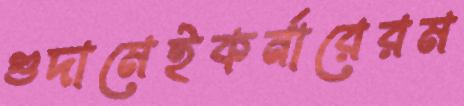
গুদামেইকর্নারেরম